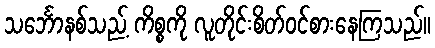
သင်္ဘောနစ်သည့် ကိစ္စကို လူတိုင်းစိတ်ဝင်စားနေကြသည်။